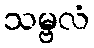
သမ္ဗလံ